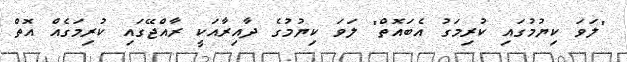
"ލަވަ ކިޔުމުގައި ކުރިމަގު އެބައޮތް" ލަވަ ކިޔުމުގެ ދާއިރާއަކީ ރާއްޖޭގައި ކުރިމަގެއް އޮތް